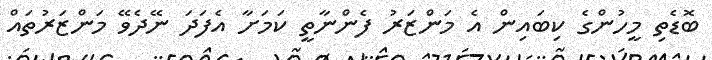
ބޮޑެތި މީހުންގެ ކިބައިން އެ މަންޒަރު ފެންނާތީ ކަމަށާ އެފަދަ ނޭދެވޭ މަންޒަރުތައް